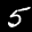
Label: 5